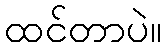
ထင်တာပဲ။